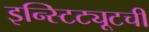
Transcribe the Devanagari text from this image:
इन्स्टिट्यूटची